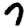
Digit: 7